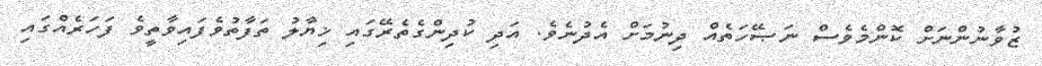
ޒުވާނުންނަށް ކޮންމެވެސް ނަޞޭހަތެއް ދިނުމަށް އެދުނެވެ. އަދި ކުދިންގެތެރޭގައި ޚިޔާލު ތަފާތުވެފައިވާތީވެ ފަހަރެއްގައި